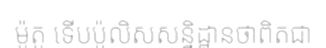
ម៉ូតូ ទើបប៉ូលិសសន្និដ្ឋានថាពិតជា